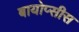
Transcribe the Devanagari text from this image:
बायोप्सीस